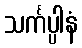
သင်္ကပ္ပါနံ